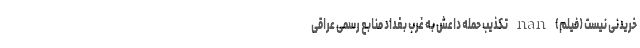
خریدنی نیست (فیلم) nan تکذیب حمله داعش به غرب بغداد منابع رسمی عراقی